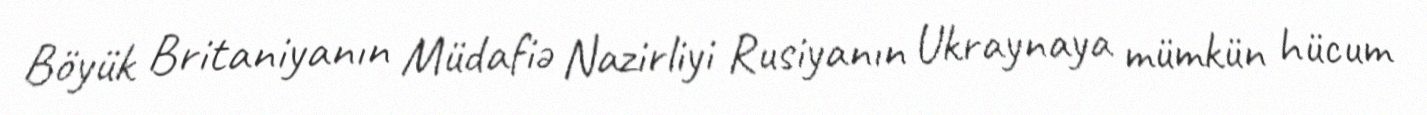
Böyük Britaniyanın Müdafiə Nazirliyi Rusiyanın Ukraynaya mümkün hücum